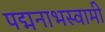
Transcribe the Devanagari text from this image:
पद्मनाभस्‍वामी